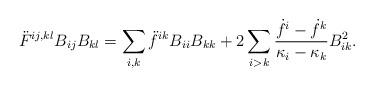
LaTeX: \begin{align*} \ddot{F}^{ij,kl}B_{ij}B_{kl}=\sum_{i,k}\ddot{f}^{ik}B_{ii}B_{kk}+2\sum_{i>k}\frac{\dot{f}^i-\dot{f}^k}{\kappa_i-\kappa_k}B_{ik}^2.\end{align*}